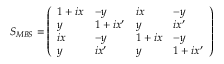
S _ { M B S } = \left( \begin{array} { l l l l } { 1 + i x } & { - y } & { i x } & { - y } \\ { y } & { 1 + i x ^ { \prime } } & { y } & { i x ^ { \prime } } \\ { i x } & { - y } & { 1 + i x } & { - y } \\ { y } & { i x ^ { \prime } } & { y } & { 1 + i x ^ { \prime } } \end{array} \right)